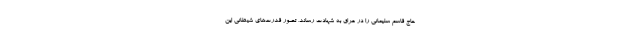
حاج قاسم سلیمانی را در عراق به شهادت رساند، تصور قدرت‌های شیطانی این